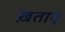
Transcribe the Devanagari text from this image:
ख़ताए